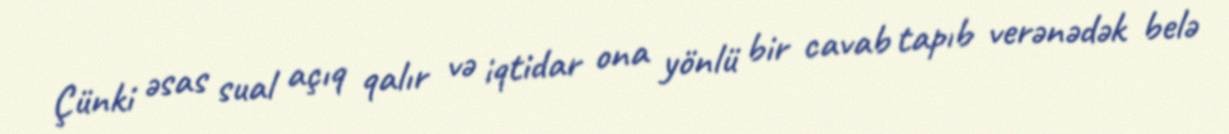
Çünki əsas sual açıq qalır və iqtidar ona yönlü bir cavab tapıb verənədək belə